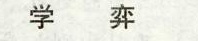
学弈